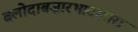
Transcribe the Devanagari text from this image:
बलोदाबज़ारभाटापारा